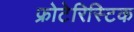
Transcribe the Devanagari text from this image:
फ्रोटेरिस्टिक